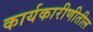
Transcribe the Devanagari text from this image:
कार्यकारीणीतील